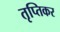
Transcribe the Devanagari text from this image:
तृप्तिकर